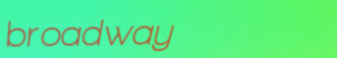
broadway